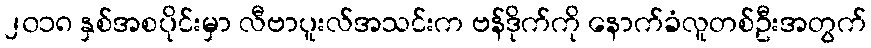
၂၀၁၈ နှစ်အစပိုင်းမှာ လီဗာပူးလ်အသင်းက ဗန်ဒိုက်ကို နောက်ခံလူတစ်ဦးအတွက်